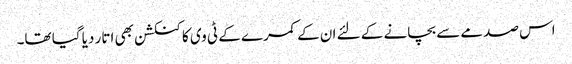
اس صدمے سے بچانے کے لئے ان کے کمرے کے ٹی وی کا کنکشن بھی اتار دیا گیا تھا۔